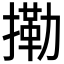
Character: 𢳝